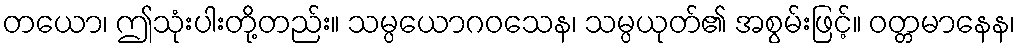
တယော၊ ဤသုံးပါးတို့တည်း။ သမ္ပယောဂဝသေန၊ သမ္ပယုတ်၏ အစွမ်းဖြင့်။ ဝတ္တမာနေန၊